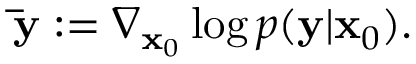
\mathbf { \bar { y } } : = \nabla _ { \mathbf { x } _ { 0 } } \log p ( \mathbf { y } | \mathbf { x } _ { 0 } ) .